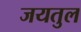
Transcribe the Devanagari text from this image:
जयतुल